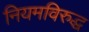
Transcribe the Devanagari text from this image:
नियमविरुद्ध